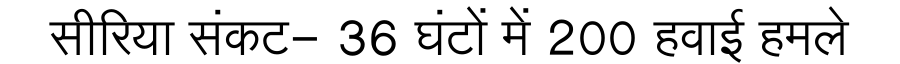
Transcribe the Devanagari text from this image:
सीरिया संकट- 36 घंटों में 200 हवाई हमले